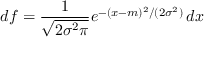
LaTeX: d f = { \frac { 1 } { \sqrt { 2 \sigma ^ { 2 } \pi } } } e ^ { - ( x - m ) ^ { 2 } / ( 2 \sigma ^ { 2 } ) } \, d x